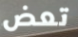
تعض